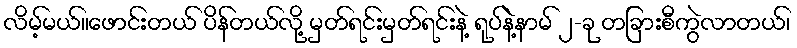
လိမ့်မယ်။ဖောင်းတယ် ပိန်တယ်လို့ မှတ်ရင်းမှတ်ရင်းနဲ့ ရုပ်နဲ့နာမ် ၂-ခု တခြားစီကွဲလာတယ်၊